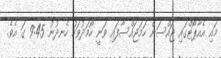
މައި އެއާޕޯޓްގައި ޖައްސަން ހަމަޖައްސާފައި ވަނީ ހޯމަދުވަހު ހެނދުނު 9:45 ގަ އެވެ.